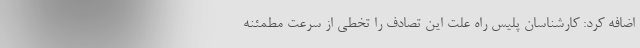
اضافه کرد: کارشناسان پلیس راه علت این تصادف را تخطی از سرعت مطمئنه